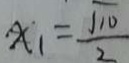
x _ { 1 } = \frac { \sqrt { 1 0 } } { 2 }